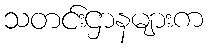
သတင်းဌာနများက